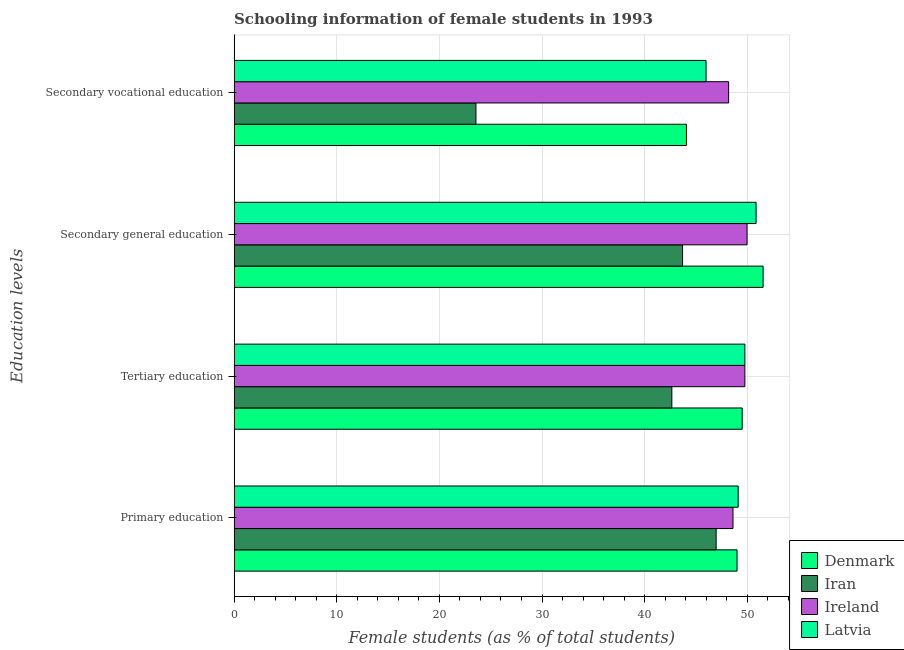
| Education levels | Denmark | Iran | Ireland | Latvia |
 | --- | --- | --- | --- | --- |
 | Primary education | 49 | 47 | 48.6 | 49.1 |
 | Tertiary education | 49.5 | 42.6 | 49.8 | 49.8 |
 | Secondary general education | 51.5 | 43.7 | 50 | 50.9 |
 | Secondary vocational education | 44.1 | 23.6 | 48.2 | 46 |